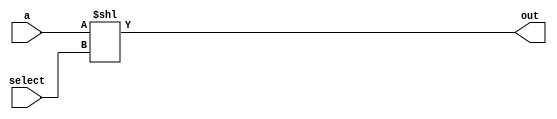
module sll32(input [31:0] a, input [4:0] select, output [31:0] out);

	assign out = a << select;
	
endmodule